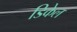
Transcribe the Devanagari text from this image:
डिकेल